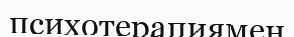
психотерапиямен